Document type: Grant
Year: 1445
Scribe: Antoni Gomar
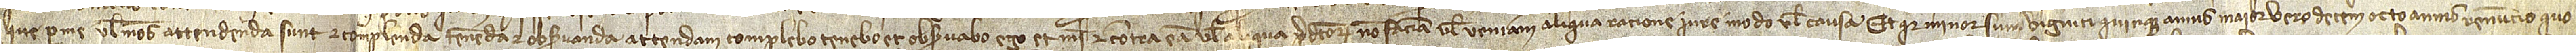
que per me vel meos attendenda sunt et complenda, tenenda et observanda, attendam, complebo, tenebo et observabo ego et mei et contra eam vel aliqua predictorum non faciam vel veniam aliqua ratione, iure, modo vel causa. Et quia minor sum viginti quinque annis, maior vero decem octo annis, renuncio quo